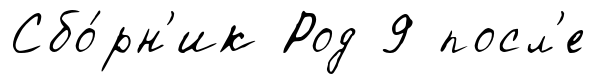
Сбо́рн'ик Род 9 посл'е